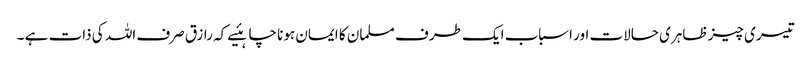
تیسری چیز ظاہری حالات اور اسباب ایک طرف مسلمان کا ایمان ہونا چاہئیے کہ رازق صرف اللہ کی ذات ہے ۔